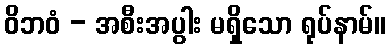
ဝိဘဝံ - အစီးအပွါး မရှိသော ရုပ်နာမ်။